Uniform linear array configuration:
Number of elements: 24
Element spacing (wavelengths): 0.5
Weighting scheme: hamming
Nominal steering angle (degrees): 0
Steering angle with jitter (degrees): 0.6968
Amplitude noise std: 0.05
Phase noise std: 0.05

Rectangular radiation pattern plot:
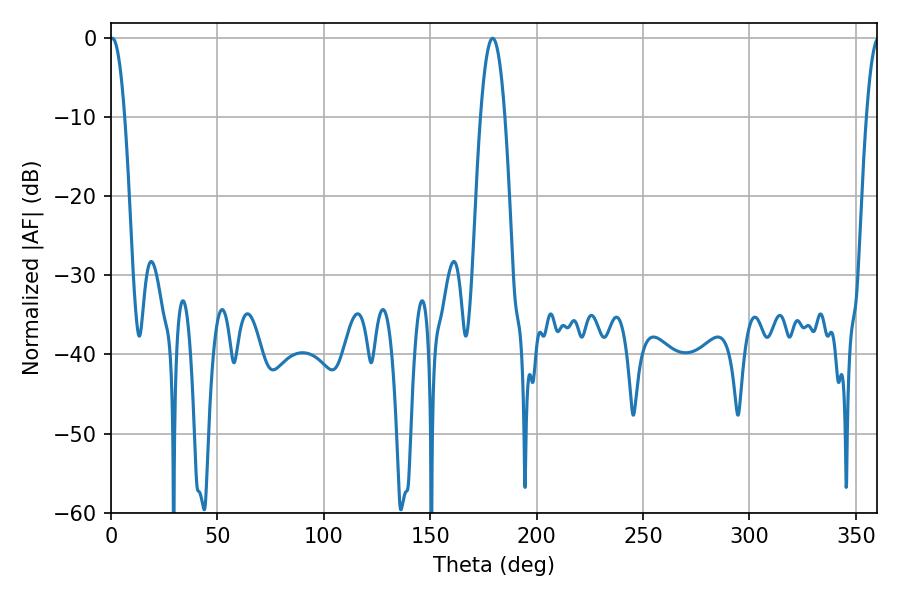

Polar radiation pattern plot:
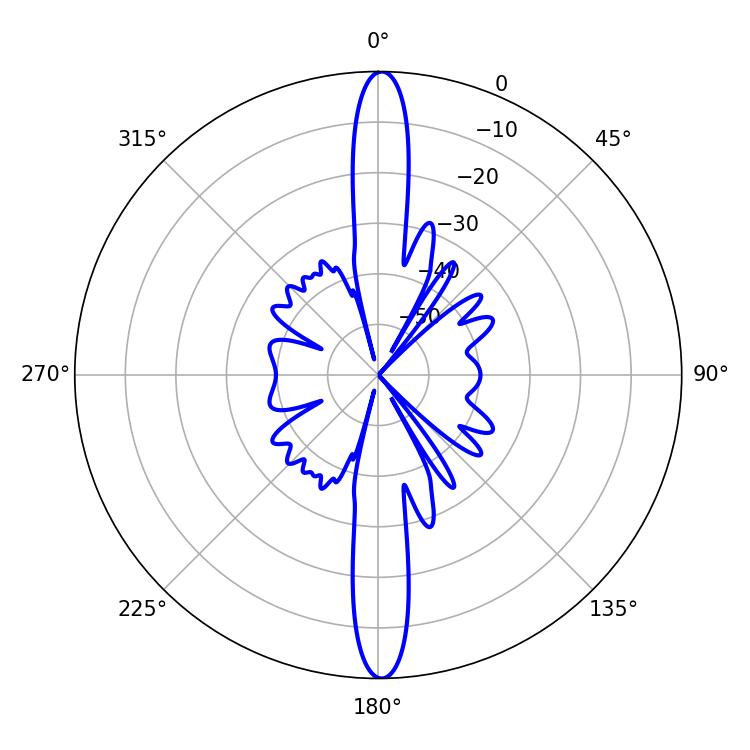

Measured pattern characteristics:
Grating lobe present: FALSE
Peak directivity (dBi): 28.477
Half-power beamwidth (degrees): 3.78
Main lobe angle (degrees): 0.72